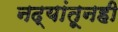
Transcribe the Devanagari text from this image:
नद्यांतूनही